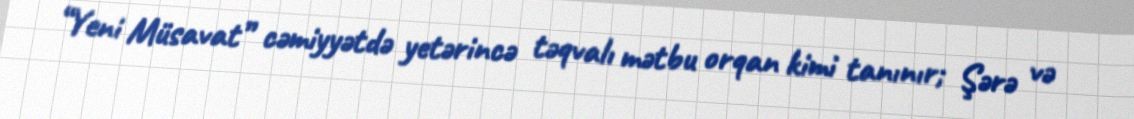
“Yeni Müsavat” cəmiyyətdə yetərincə təqvalı mətbu orqan kimi tanınır; Şərə və